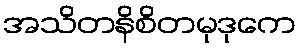
အသိတနိစိတမုဒုကေ